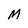
Character: M